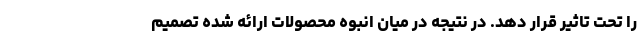
را تحت تاثیر قرار دهد. در نتیجه در میان انبوه محصولات ارائه شده تصمیم